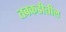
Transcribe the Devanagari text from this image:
तबकडीतील